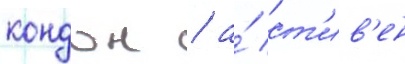
кондон / а́ ст'ив'ен